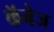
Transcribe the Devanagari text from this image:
कॅबेज